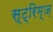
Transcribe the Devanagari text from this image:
स्ट्रिम्ज़